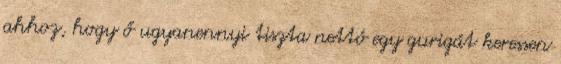
ahhoz, hogy ő ugyanennyi tiszta nettó egy gurigát keressen